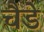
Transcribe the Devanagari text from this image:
चैडे